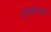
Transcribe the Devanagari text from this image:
कल्याणाकरत